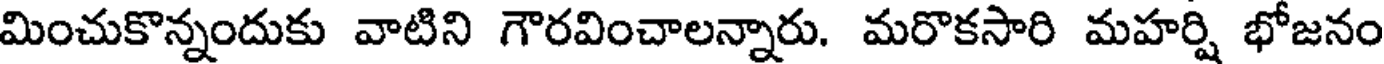
మించుకొన్నందుకు వాటిని గౌరవించాలన్నారు. మరొకసారి మహర్షి భోజనం